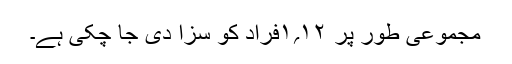
مجموعی طور پر ۱۲؍۱فراد کو سزا دی جا چکی ہے۔